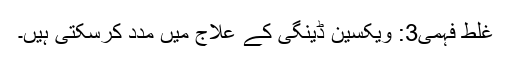
غلط فہمی3: ویکسین ڈینگی کے علاج میں مدد کرسکتی ہیں۔